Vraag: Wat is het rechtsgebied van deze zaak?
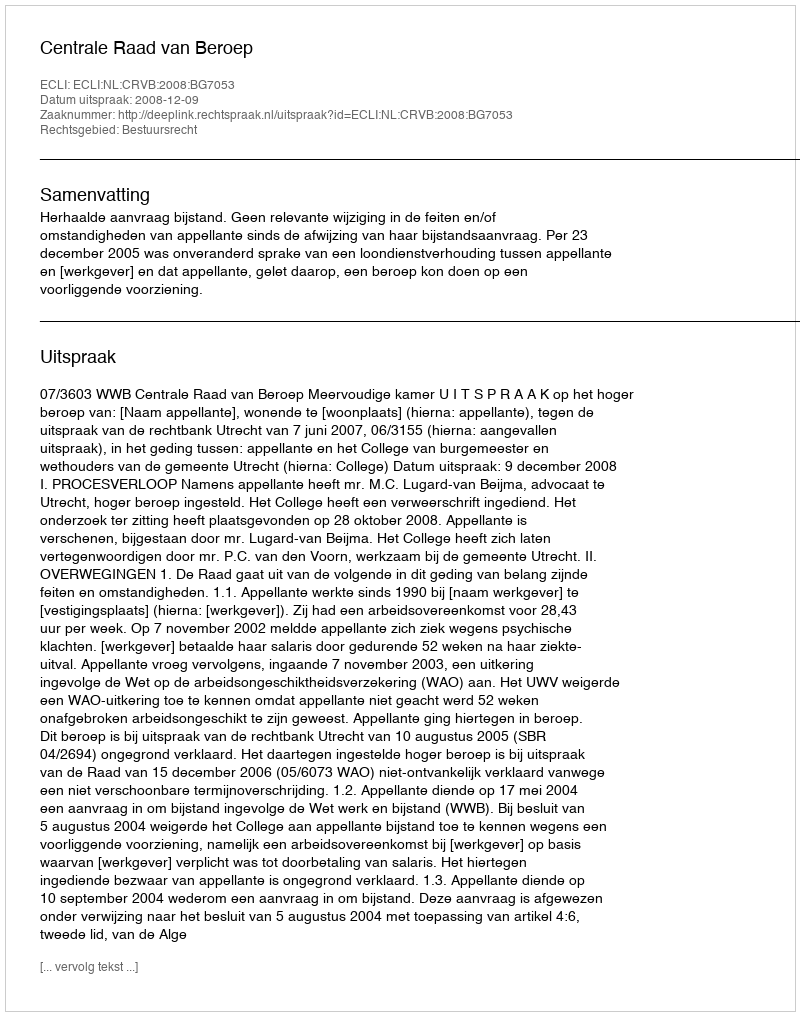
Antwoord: Bestuursrecht